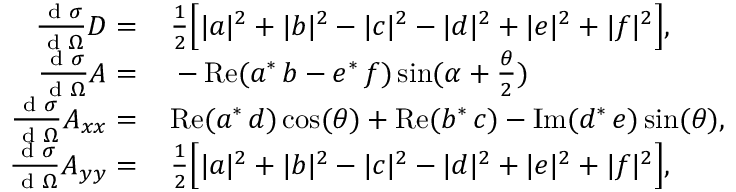
\begin{array} { r l } { \frac { \textup { d } \sigma } { \textup { d } \Omega } D = \, } & { { } \frac { 1 } { 2 } \Big [ | a | ^ { 2 } + | b | ^ { 2 } - | c | ^ { 2 } - | d | ^ { 2 } + | e | ^ { 2 } + | f | ^ { 2 } \Big ] , } \\ { \frac { \textup { d } \sigma } { \textup { d } \Omega } A = \, } & { { } - \mathrm { R e } ( a ^ { * } \, b - e ^ { * } \, f ) \sin ( \alpha + \frac { \theta } { 2 } ) } \\ { \frac { \textup { d } \sigma } { \textup { d } \Omega } A _ { x x } = \, } & { { } \mathrm { R e } ( a ^ { * } \, d ) \cos ( \theta ) + \mathrm { R e } ( b ^ { * } \, c ) - \mathrm { I m } ( d ^ { * } \, e ) \sin ( \theta ) , } \\ { \frac { \textup { d } \sigma } { \textup { d } \Omega } A _ { y y } = \, } & { { } \frac { 1 } { 2 } \Big [ | a | ^ { 2 } + | b | ^ { 2 } - | c | ^ { 2 } - | d | ^ { 2 } + | e | ^ { 2 } + | f | ^ { 2 } \Big ] , } \end{array}